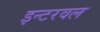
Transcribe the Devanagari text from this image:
इन्टरवल